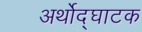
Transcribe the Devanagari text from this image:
अर्थोद्घाटक